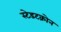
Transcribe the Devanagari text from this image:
स्टेडटक्रोन